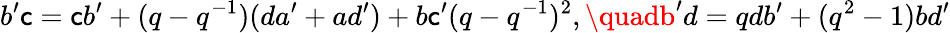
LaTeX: b^{\prime}\mathsf{c}=\mathsf{c}b^{\prime}+(q-q^{-1})(da^{\prime}+ad^{\prime})+b\mathsf{c}^{\prime}(q-q^{-1})^{2},\quadb^{\prime}d=qdb^{\prime}+(q^{2}-1)bd^{\prime}